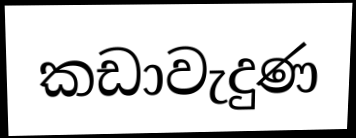
කඩාවැදුණ